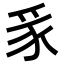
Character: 𮙥